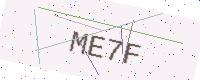
Text: ME7F